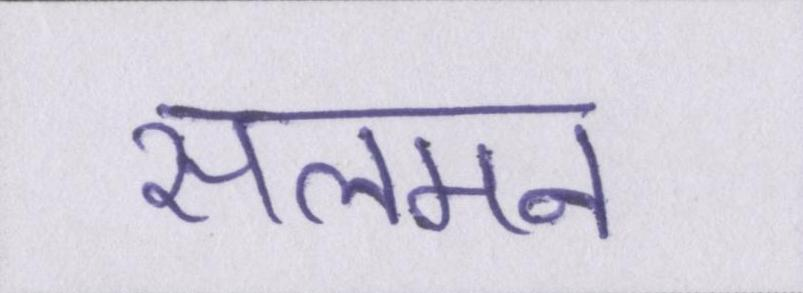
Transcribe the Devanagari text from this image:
सलमन